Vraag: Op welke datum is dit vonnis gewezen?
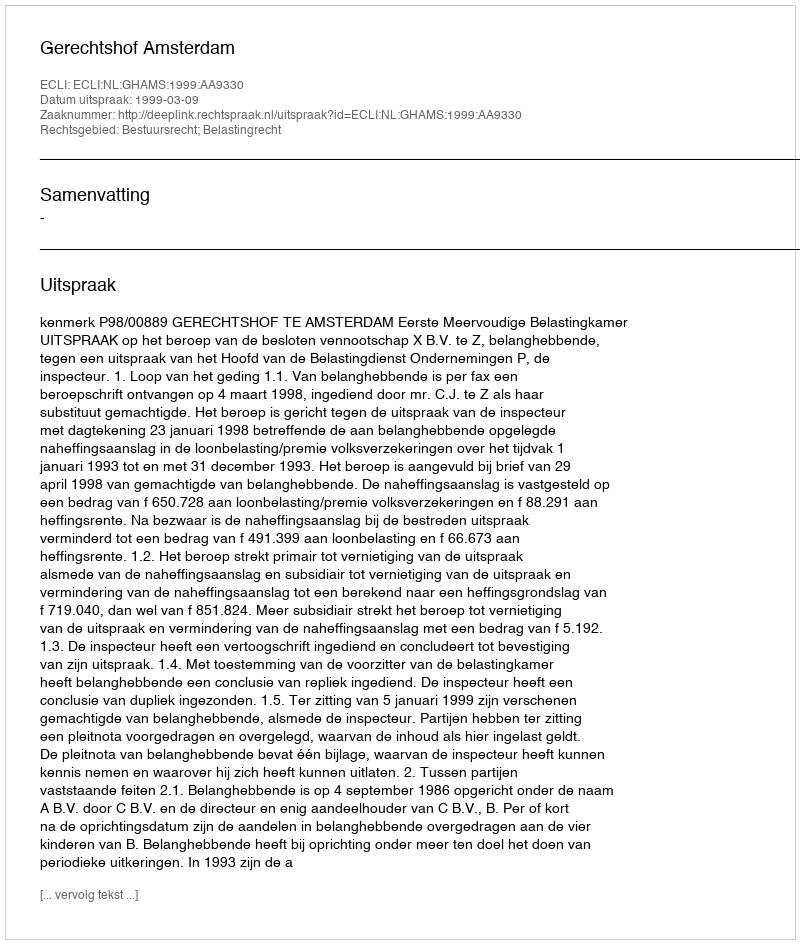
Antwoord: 1999-03-09